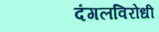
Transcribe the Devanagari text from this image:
दंगलविरोधी